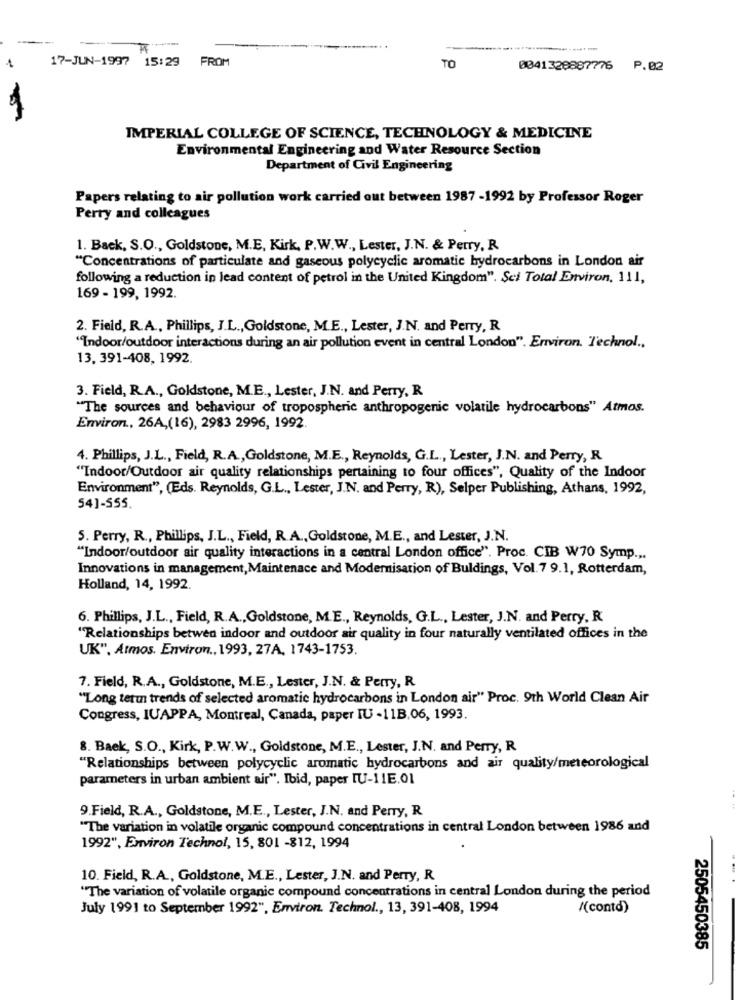
17-JUN-1997
15:29
FROM
TO
0041320887776 P.02
IMPERIAL COLLEGE OF SCIENCE, TECHNOLOGY & MEDICINE
Environmental Engineering and Water Resource Section
Department of Civil Engineering
Papers relating to air pollution work carried out between 1987 -1992 by Professor Roger
Perry and colleagues
1. Back, S.O ., Goldstone, M.E. Kirk, P.W.W ., Lester, J.N. & Perry, R
"Concentrations of particulate and gaseous polycyclic aromatic hydrocarbons in London air
following a reduction in lead content of petrol in the United Kingdom". Sci Total Environ, 111,
169 - 199, 1992.
2. Field, R.A ., Phillips, J.L ., Goldstone, M.E ., Lester, J.N. and Perry, R
""Indoor/outdoor interactions during an air pollution event in central London". Environ. Technol .,
13. 391-408, 1992.
3. Field, R.A ., Goldstone, M.E ., Lester, J.N. and Perry, R
"The sources and behaviour of tropospheric anthropogenic volatile hydrocarbons" Atmos.
Environ ., 26A,(16), 2983 2996, 1992.
4. Phillips, J.L ., Field, R.A ., Goldstone, M.E ., Reynolds, G.L ., Lester, J.N. and Perry, R.
"Indoor/Outdoor air quality relationships pertaining to four offices", Quality of the Indoor
Environment", (Eds. Reynolds, G.L ., Lester, J.N. and Perry, R), Selper Publishing, Athans, 1992,
54)-555.
5. Perry, R ., Phillips, J.L ., Field, R.A ., Goldstone, M.E ., and Lester, J.N.
"Indoor/outdoor air quality interactions in a central London office". Proc. CIB W70 Symp ...
Innovations in management, Maintenace and Modernisation of Buldings, Vol. 7 9.1, Rotterdam,
Holland, 14, 1992.
6. Phillips, J.L ., Field, R.A ., Goldstone, M.E ., Reynolds, G.L ., Lester, J.N. and Perry, R
"Relationships betwen indoor and outdoor air quality in four naturally ventilated offices in the
UK", Atmos. Environ ., 1993, 27A, 1743-1753.
7. Field, R.A ., Goldstone, M.E ., Lester, J.N. & Perry, R
"Long term trends of selected aromatic hydrocarbons in London air" Proc. 9th World Clean Air
Congress, IUAPPA, Montreal, Canada, paper IU -11B.06, 1993.
8. Baek, S.O ., Kirk, P.W.W ., Goldstone, M.E ., Lester, J.N. and Perry, R
"Relationships between polycyclic aromatic hydrocarbons and air quality/meteorological
parameters in urban ambient air". Ibid, paper IU-11E.01
9.Field, R.A ., Goldstone, M.E ., Lester, J.N. and Perry, R
-. ..
"The variation in volatile organic compound concentrations in central London between 1986 and
1992", Environ Technol, 15, 801 -812, 1994
..
10. Field, R.A ., Goldstone, M.E ., Lester, J.N. and Perry, R
"The variation of volatile organic compound concentrations in central London during the period
July 1991 to September 1992", Environ. Technol ., 13, 391-408, 1994
"(contd)
2505450385